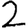
Digit: 2